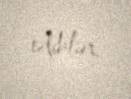
ediblər.